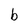
Character: b